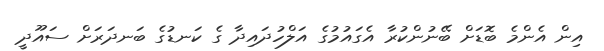
އިން އެންމެ ބޮޑަށް ބޭނުންކުރާ އެގައުމުގެ އަލްހުދައިދާ ގެ ކަނޑުގެ ބަނދަރަށް ސައޫދީ